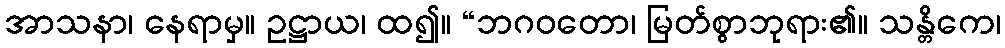
အာသနာ၊ နေရာမှ။ ဥဋ္ဌာယ၊ ထ၍။ “ဘဂဝတော၊ မြတ်စွာဘုရား၏။ သန္တိကေ၊